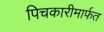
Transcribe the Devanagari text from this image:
पिचकारीमार्फत